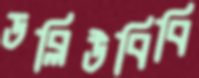
ডব্লিউবিবি